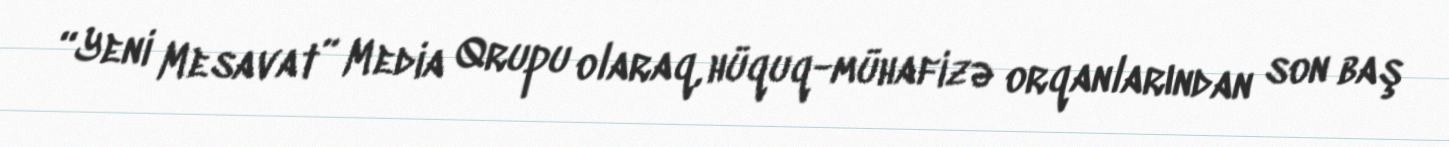
“Yeni Mesavat” Media Qrupu olaraq, hüquq-mühafizə orqanlarından son baş